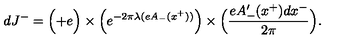
d J ^ { - } = \Bigl ( + e \Bigr ) \times \Bigl ( e ^ { - 2 \pi \lambda ( e A _ { - } ( x ^ { + } ) ) } \Bigr ) \times \Bigl ( { \frac { e A _ { - } ^ { \prime } ( x ^ { + } ) d x ^ { - } } { 2 \pi } } \Bigr ) .